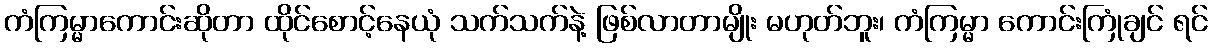
ကံကြမ္မာကောင်းဆိုတာ ထိုင်စောင့်နေယုံ သက်သက်နဲ့ ဖြစ်လာတာမျိုး မဟုတ်ဘူး၊ ကံကြမ္မာ ကောင်းကြုံချင် ရင်